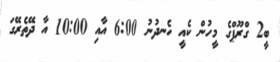
ބީ2 ގްރޫޕްގެ މީހުން ކެއީ ހެނދުނު 6:00 އާއި 10:00 އާ ދޭތެރޭގަ